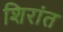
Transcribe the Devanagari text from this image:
शिरांत